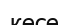
кесе